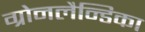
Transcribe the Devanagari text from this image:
ग्रोनलैन्डिका